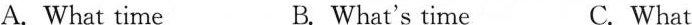
A.What time B. What's time C. What